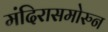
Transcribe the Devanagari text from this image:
मंदिरासमोरुन